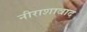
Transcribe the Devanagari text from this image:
नीराशावाद